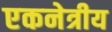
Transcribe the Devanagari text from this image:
एकनेत्रीय